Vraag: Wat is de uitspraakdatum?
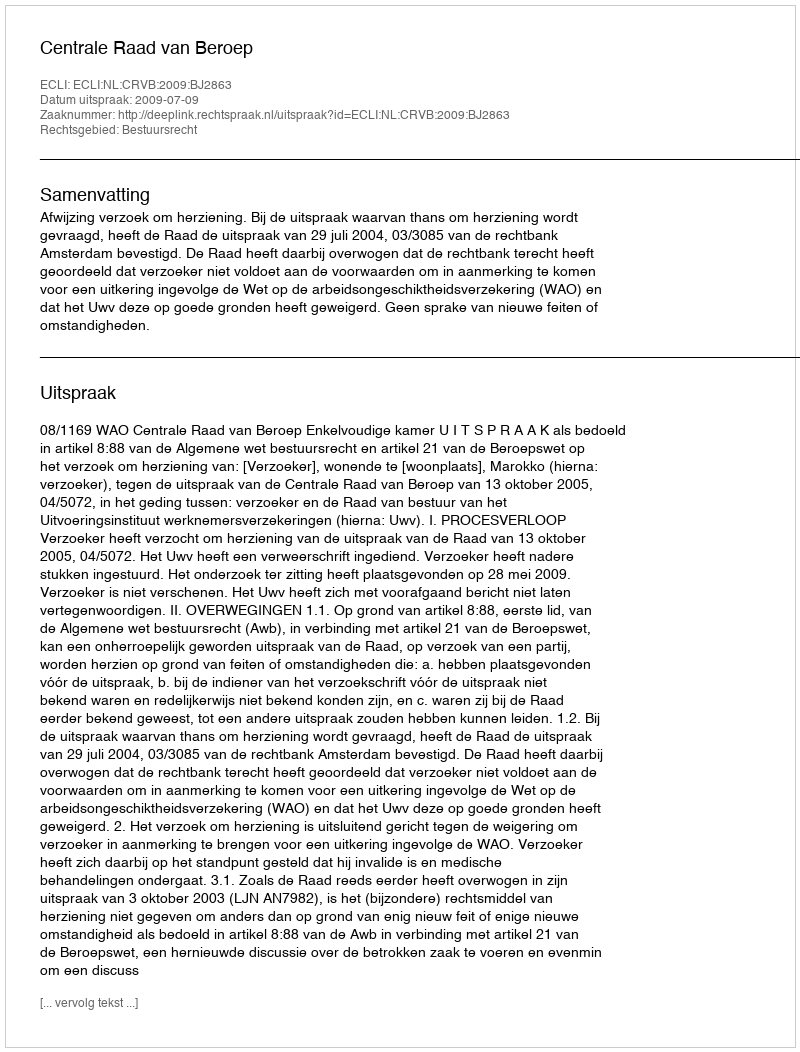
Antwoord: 2009-07-09